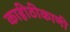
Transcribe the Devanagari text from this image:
काहीठीकाणी